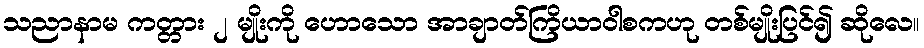
သညာနာမ ကတ္တား ၂ မျိုးကို ဟောသော အာချာတ်ကြိယာဝါစကဟု တစ်မျိုးပြင်၍ ဆိုလေ။